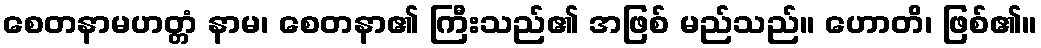
စေတနာမဟတ္တံ နာမ၊ စေတနာ၏ ကြီးသည်၏ အဖြစ် မည်သည်။ ဟောတိ၊ ဖြစ်၏။